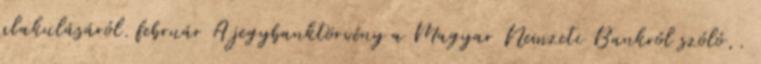
alakulásáról. február A jegybanktörvény a Magyar Nemzeti Bankról szóló,.